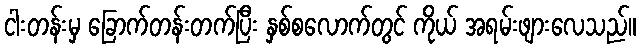
ငါးတန်းမှ ခြောက်တန်းတက်ပြီး နှစ်စလောက်တွင် ကိုယ် အရမ်းဖျားလေသည်။